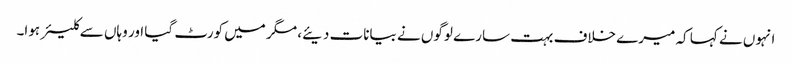
انہوں نے کہا کہ میرے خلاف بہت سارے لوگوں نے بیانات دیئے، مگر میں کورٹ گیا اور وہاں سے کلیئر ہوا۔